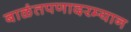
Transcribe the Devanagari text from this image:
बाळंतपणादरम्यान